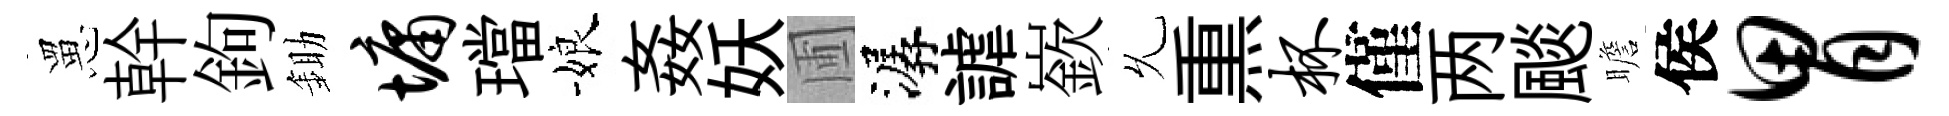
罳幹鉤鋤墉璫娘姦妖圃潺謔嶔𠃔𤋱杯僅两颷瞻侯胃